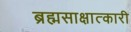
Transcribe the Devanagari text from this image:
ब्रह्मसाक्षात्कारी